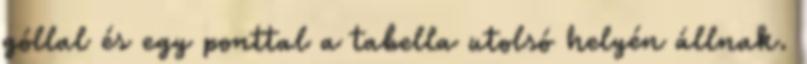
góllal és egy ponttal a tabella utolsó helyén állnak.